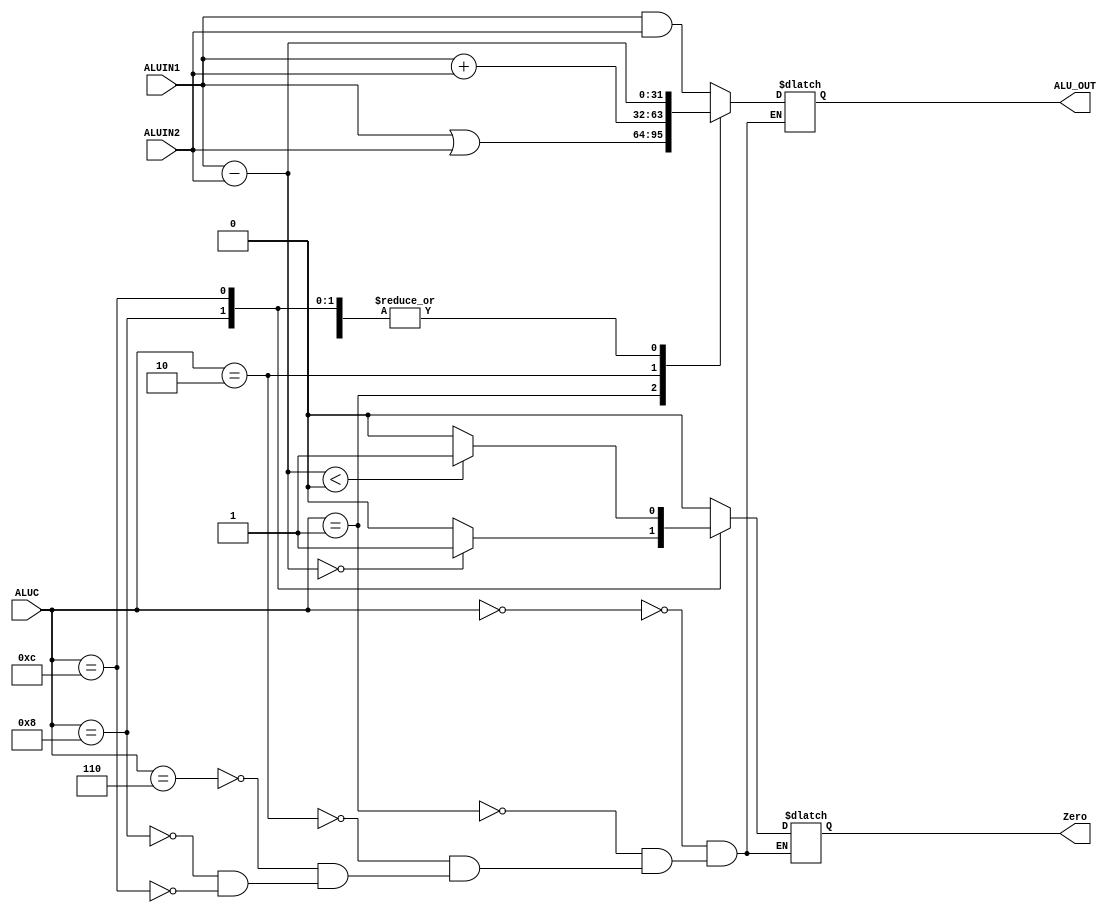
module ALU(ALUIN1, ALUIN2, ALUC, ALU_OUT, Zero);
    input [31:0] ALUIN1;
    input [31:0] ALUIN2;
    input [3:0] ALUC;
    output reg Zero;
    output reg [31:0] ALU_OUT;


    always @(*) begin
        case(ALUC)
            4'b0000:
            begin
                Zero = 0;
                ALU_OUT = ALUIN1 & ALUIN2;
            end
            4'b0001:begin
                Zero = 0;
                ALU_OUT = ALUIN1 | ALUIN2;
            end
            4'b0010:begin
                Zero = 0;
                ALU_OUT = ALUIN1 + ALUIN2;
            end
            4'b0110:begin
                Zero = 0;
                ALU_OUT = ALUIN1 - ALUIN2;
            end
            4'b1000:
            begin
                ALU_OUT = ALUIN1 - ALUIN2;
                if (ALU_OUT == 0) Zero = 1;
                else Zero = 0;
            end
            
            4'b1100: begin
                ALU_OUT = ALUIN1 - ALUIN2;
                if (ALU_OUT < 0) Zero = 1;
                else Zero = 0;
            end
        endcase
    end

    
endmodule